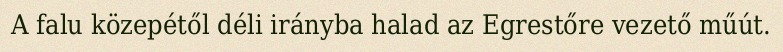
A falu közepétől déli irányba halad az Egrestőre vezető műút.